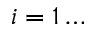
i = 1 \ldots